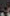
.